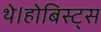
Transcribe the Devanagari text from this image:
थे।होबिस्ट्स